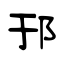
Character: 邘